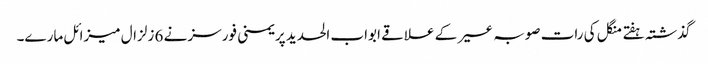
گذشتہ ہفتے منگل کی رات صوبہ عسیر کے علاقے ابواب الحدید پر یمنی فورسز نے 6 زلزال میزائل مارے۔